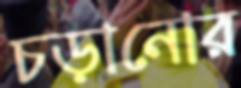
চড়ানোর